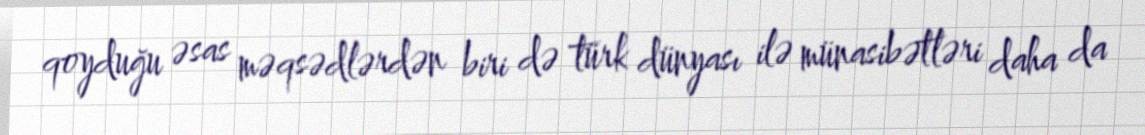
qoyduğu əsas məqsədlərdən biri də türk dünyası ilə münasibətləri daha da